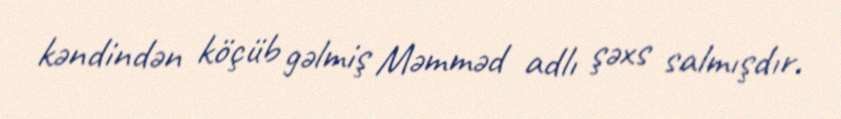
kəndindən köçüb gəlmiş Məmməd adlı şəxs salmışdır.